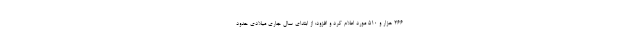
۲۶۶ هزار و ۵۱۰ مورد اعلام کرد و افزود: از ابتدای سال جاری میلادی حدود